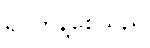
ရပ်တန့်စေသည်